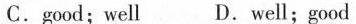
C.good;well D.well;good